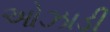
ઓઝાડી